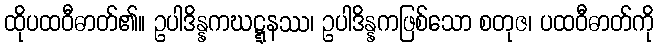
ထိုပထဝီဓာတ်၏။ ဥပါဒိန္နကဃဋ္ဋနဿ၊ ဥပါဒိန္နကဖြစ်သော စတုဇ၊ ပထဝီဓာတ်ကို